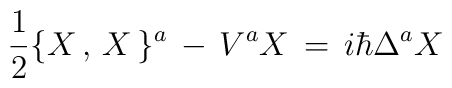
{1\over 2} \{ X \,,\, X\,\}^a \,-\,V^a X \,=\,i\hbar \Delta^a X